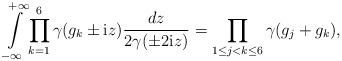
\begin{align*} \int\limits^{+\infty}_{-\infty} \prod_{k = 1}^{6} \gamma(g_k \pm \textup{i} z) \frac{d z}{2\gamma(\pm 2 \textup{i} z)}= \prod_{1 \leq j < k \leq 6}\gamma(g_j + g_k),\end{align*}